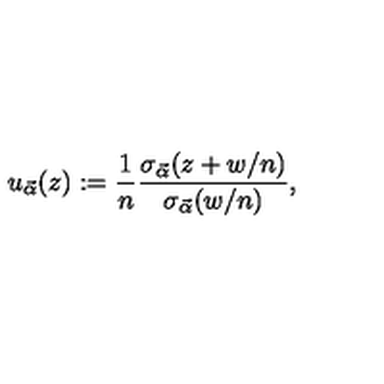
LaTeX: u _ { \vec { \alpha } } ( z ) : = \frac { 1 } { n } \frac { \sigma _ { \vec { \alpha } } ( z + w / n ) } { \sigma _ { \vec { \alpha } } ( w / n ) } ,